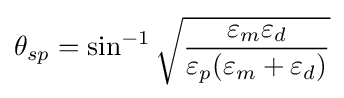
\theta _{sp}=\sin ^{-1}{\sqrt {\frac {\varepsilon _{m}\varepsilon _{d}}{\varepsilon _{p}(\varepsilon _{m}+\varepsilon _{d})}}}